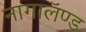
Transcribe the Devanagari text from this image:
नागालॅण्ड